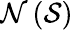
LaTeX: \mathcal{N}\left({\mathcal{{S}}}\right)